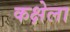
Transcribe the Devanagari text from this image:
कक्षेला